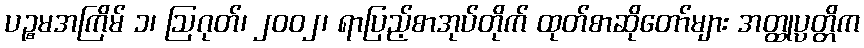
ပဉ္စမအကြိမ် ၁၊ ဩဂုတ်၊ ၂၀၀၂၊ ရာပြည့်စာအုပ်တိုက် ထုတ်စာဆိုတော်များ အတ္ထုပ္ပတ္တိက